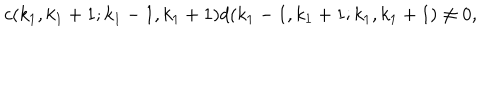
c ( k _ { 1 } , k _ { 1 } + 1 ; k _ { 1 } - 1 , k _ { 1 } + 1 ) d ( k _ { 1 } - 1 , k _ { 1 } + 1 ; k _ { 1 } , k _ { 1 } + 1 ) \neq 0 ,